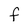
Character: F